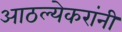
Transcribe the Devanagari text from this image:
आठल्येकरांनी